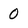
Character: 0